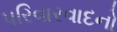
પરિવારવાદનો